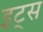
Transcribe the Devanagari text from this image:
इट्‍स